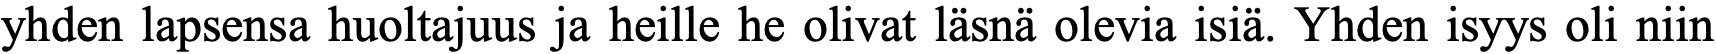
yhden lapsensa huoltajuus ja heille he olivat läsnä olevia isiä. Yhden isyys oli niin